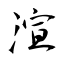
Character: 渲